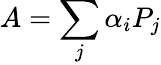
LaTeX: A=\sum_{j}\alpha_{i}P_{j}